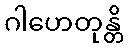
ဂါဟေတုန္တိ